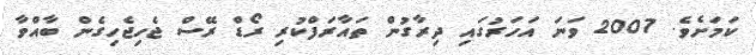
ކަަމަށެވެ. 2007 ވަނަ އަހަރުގައި ދިރާގުން ތައާރަފްކުރި ރޯޑް ރޭސް ޖެހިޖެހިގެން ބާއްވާ